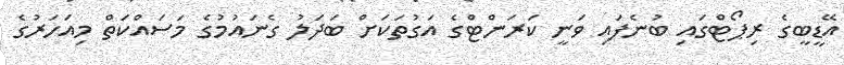
އޭޑީބީގެ ރިޕޯޓްގައި ބުނެފައި ވަނީ ކަރަންޓްގެ އަގުތަކަށް ބަދަލު ގެނައުމުގެ މަސައްކަތް މިއަހަރުގެ